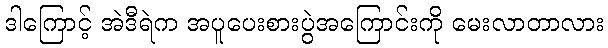
ဒါကြောင့် အဲဒီရဲက အပူပေးစားပွဲအကြောင်းကို မေးလာတာလား